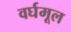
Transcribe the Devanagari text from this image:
वर्घमूल